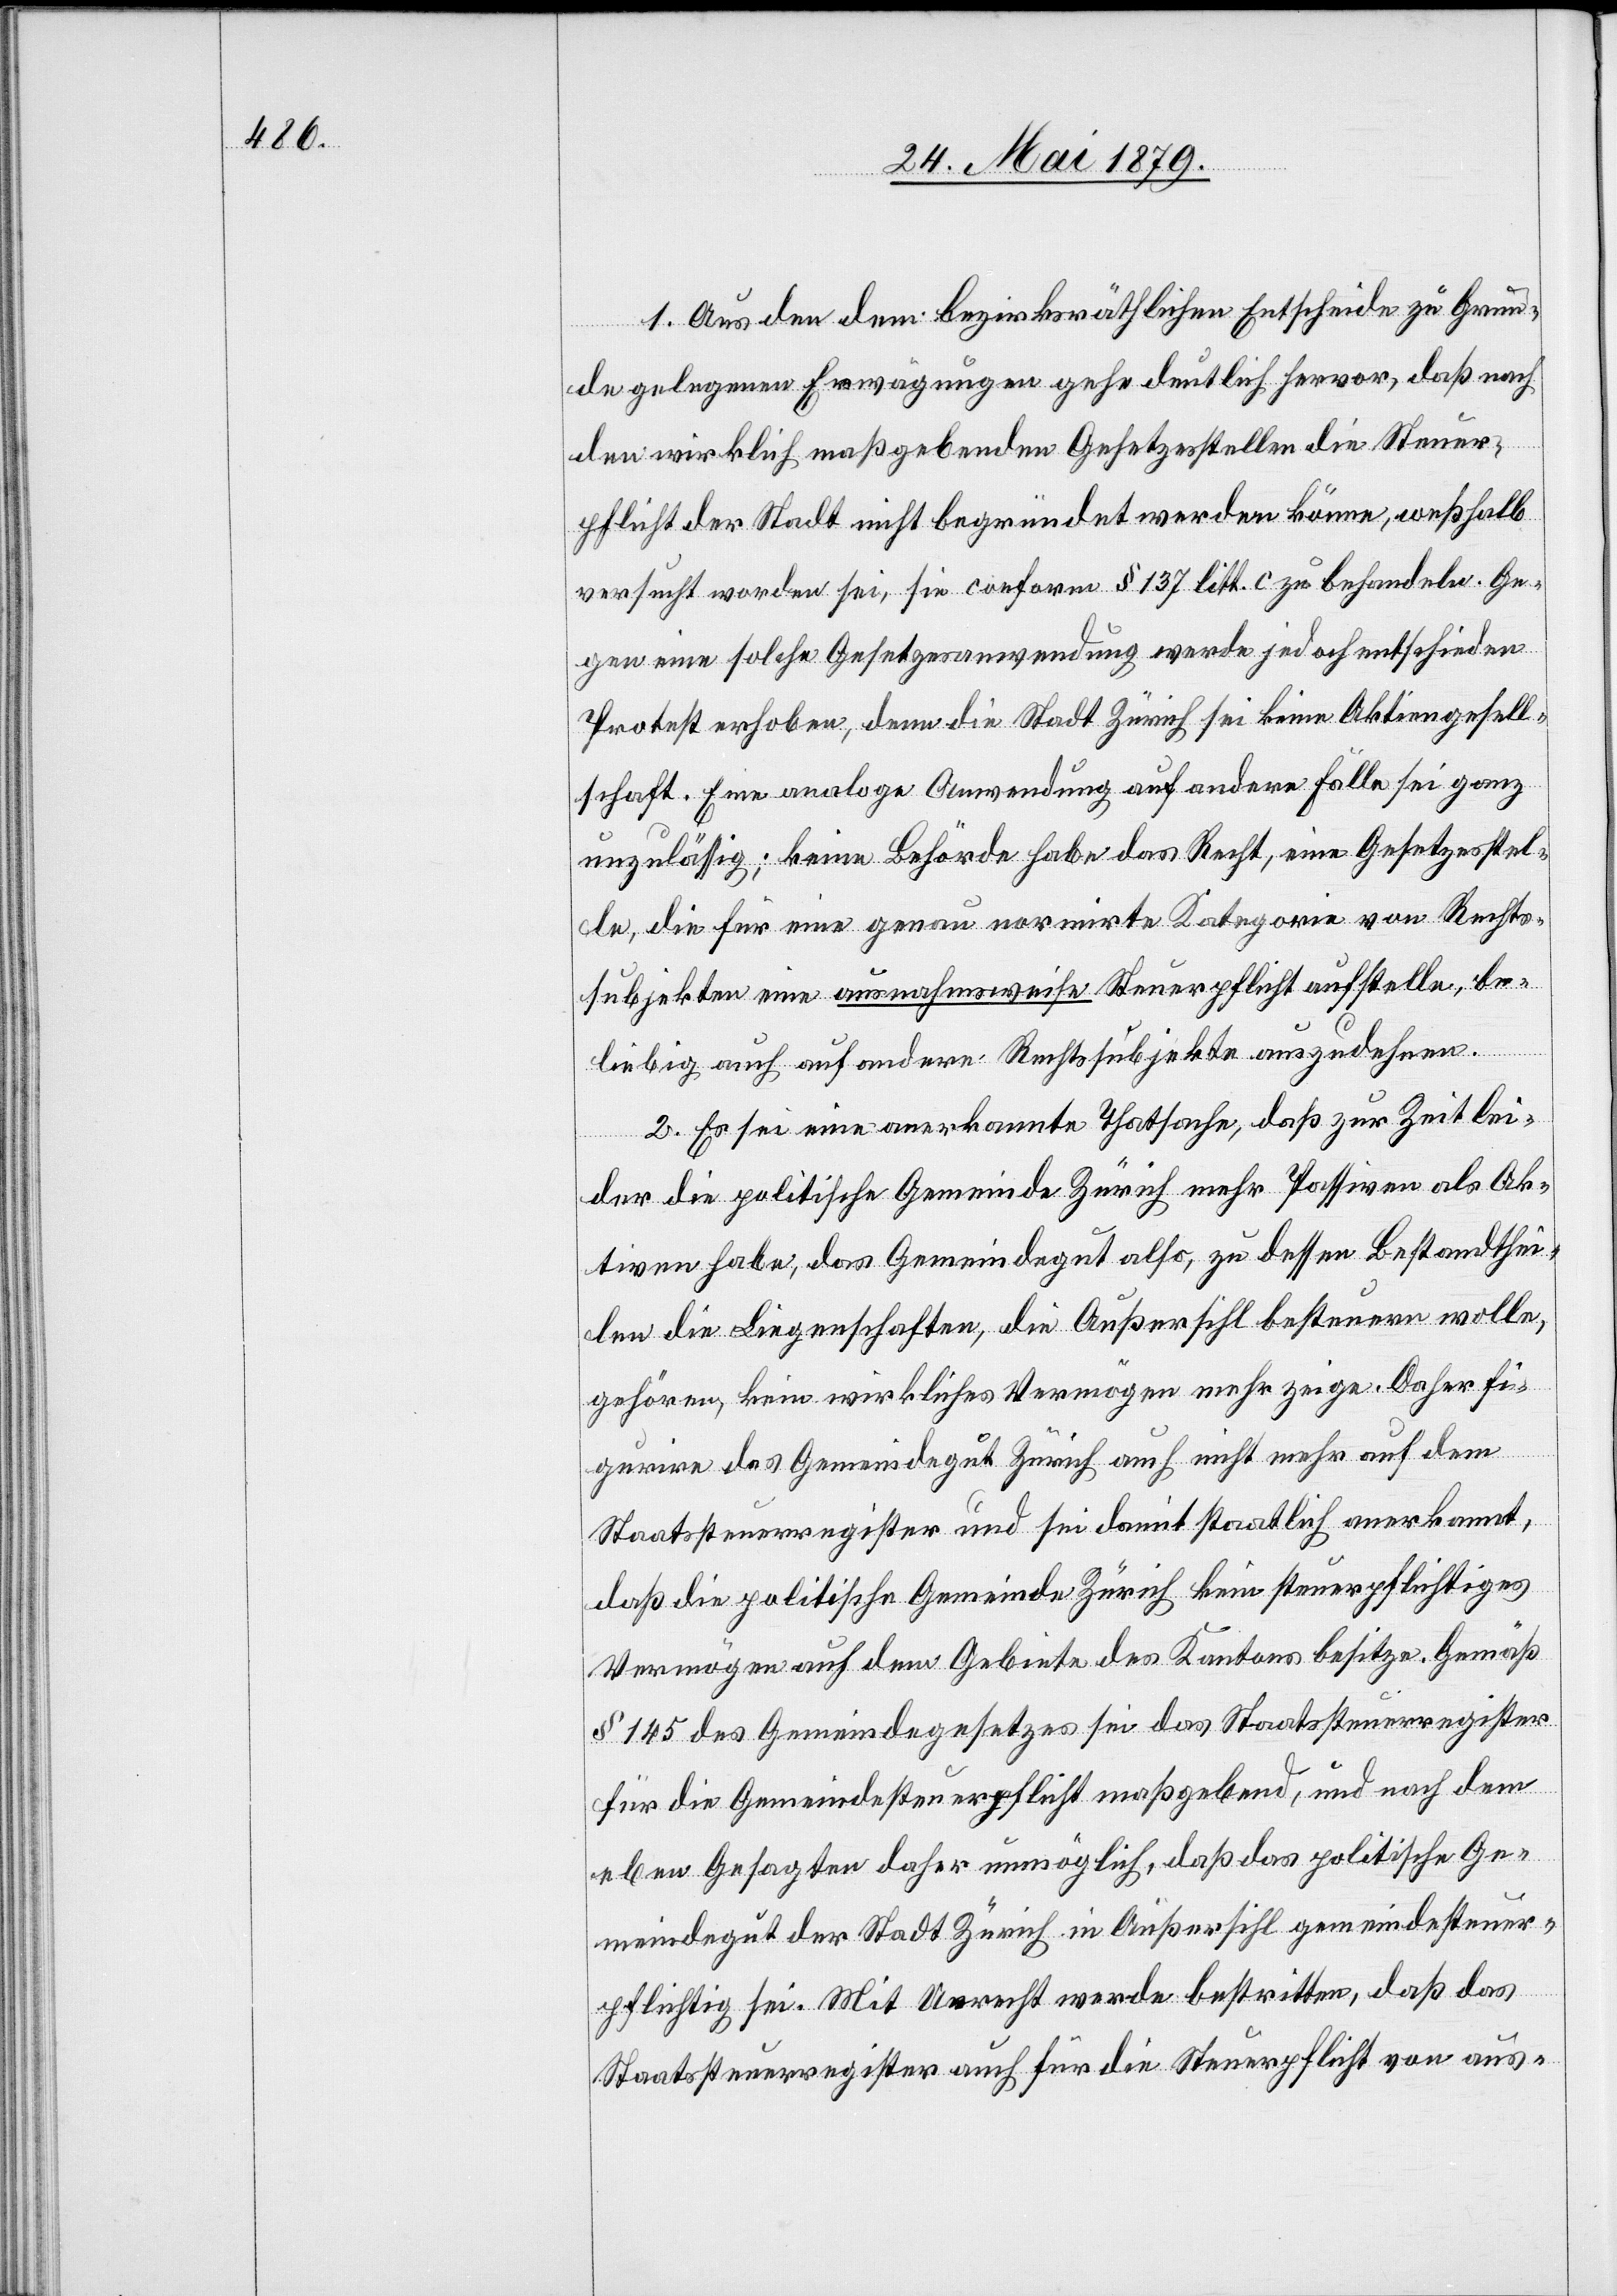
1. Aus den dem bezirksräthlichen Entscheide zu Grun¬
de gelegenen Erwägungen gehe deutlich hervor, daß nach
den wirklich maßgebenden Gesetzesstellen die Steuer¬
pflicht der Stadt nicht begründet werden könne, weßhalb
versucht worden sei, sie conform § 137 litt. c zu behandeln. Ge¬
gen eine solche Gesetzesanwendung werde jedoch entschieden
Protest erhoben, denn die Stadt Zürich sei keine Aktiengesell¬
schaft. Eine analoge Anwendung auf andere Fälle sei ganz
unzulässig; keine Behörde habe das Recht, eine Gesetzesstel¬
le, die für eine genau normirte Kategorie von Rechts¬
subjekten eine ausnahmsweise Steuerpflicht aufstelle, be¬
liebig auch auf andere Rechtssubjekte auszudehnen.
2. Es sei eine anerkannte Thatsache, daß zur Zeit lei¬
der die politische Gemeinde Zürich mehr Passiven als Ak¬
tiven habe, das Gemeindegut also, zu dessen Bestandthei¬
len die Liegenschaften, die Außersihl besteuern wolle,
gehören, kein wirkliches Vermögen mehr zeige. Daher fi¬
gurire das Gemeindegut Zürich auch nicht mehr auf dem
Staatssteuerregister und sei damit staatlich anerkannt,
daß die politische Gemeinde Zürich kein steuerpflichtiges
Vermögen auf dem Gebiete des Kantons besitze. Gemäß
§ 145 des Gemeindegesetzes sei das Staatssteuerregister
für die Gemeindesteuerpflicht maßgebend, und nach dem
eben Gesagten daher unmöglich, daß das politische Ge¬
meindegut der Stadt Zürich in Außersihl gemeindesteuer¬
pflichtig sei. Mit Unrecht werde bestritten, daß das
Staatssteuerregister auch für die Steuerpflicht von aus-